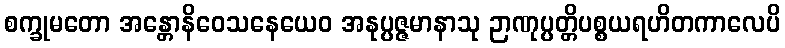
စက္ခုမတော အန္တောနိဝေသနေယေဝ အနုပ္ပဇ္ဇမာနာသု ဉာဏုပ္ပတ္တိပစ္စယရဟိတကာလေပိ